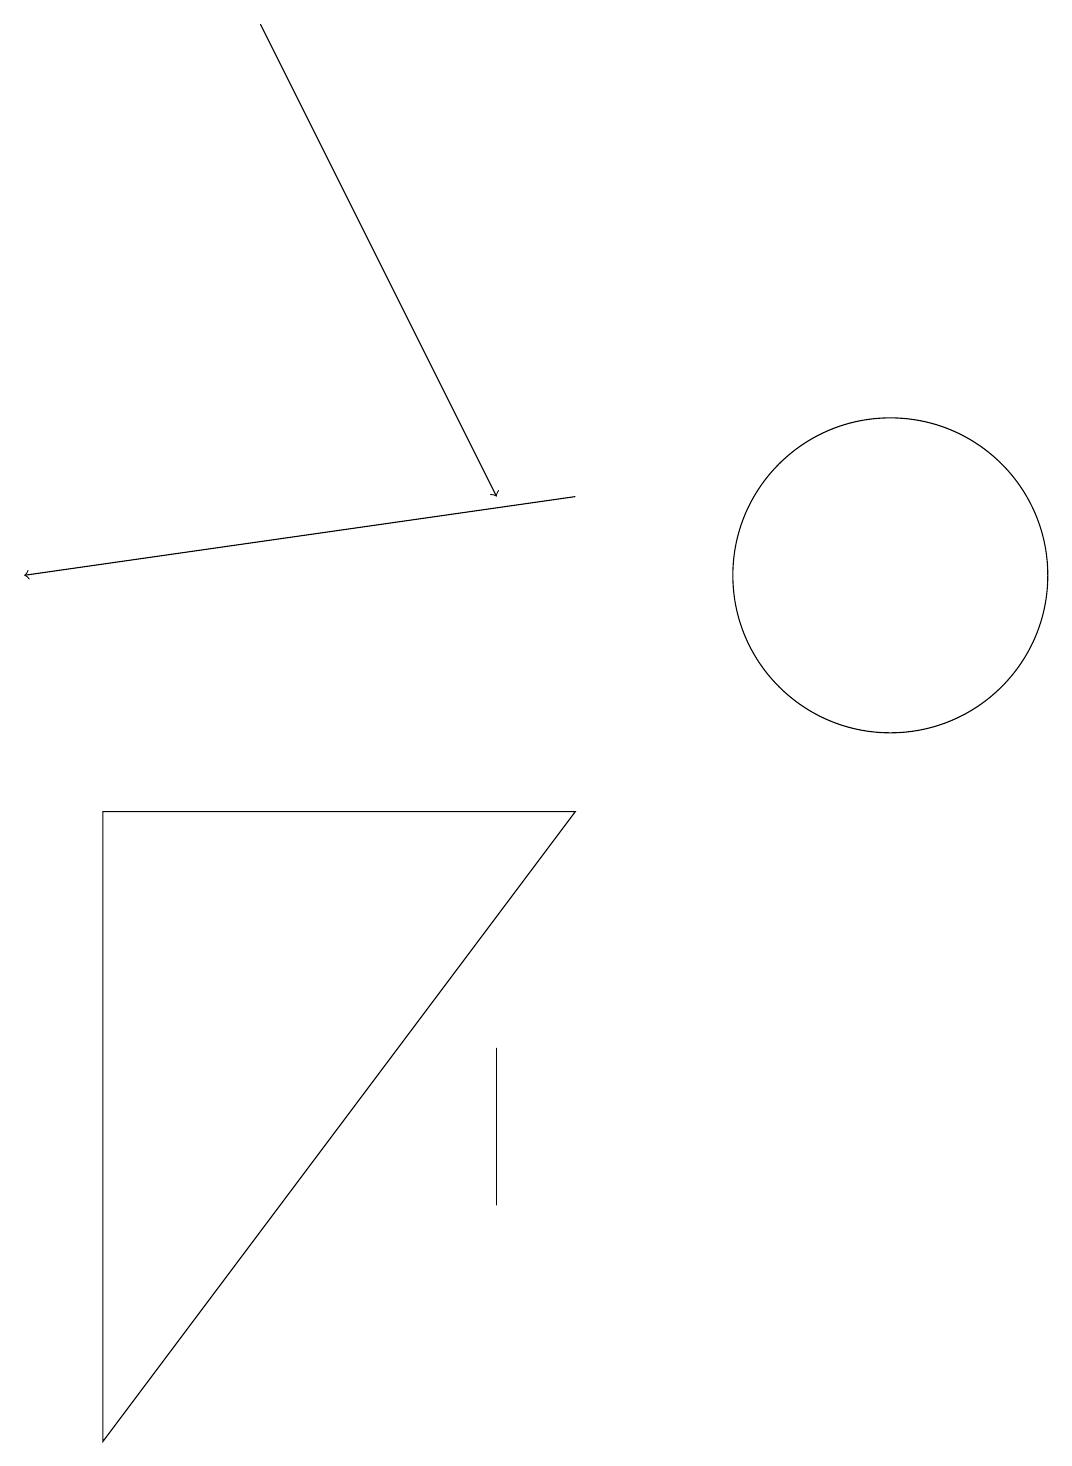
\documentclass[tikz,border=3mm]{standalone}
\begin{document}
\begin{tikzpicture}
\draw[->] (3,19) -- (6,13);
\draw (6,6) -- (6,4) -- (6,6) -- cycle;
\draw[->] (7,13) -- (0,12);
\draw (11,12) circle (2);
\draw (1,1) -- (7,9) -- (1,9) -- cycle;
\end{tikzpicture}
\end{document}